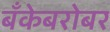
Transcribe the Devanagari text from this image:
बँकेबरोबर